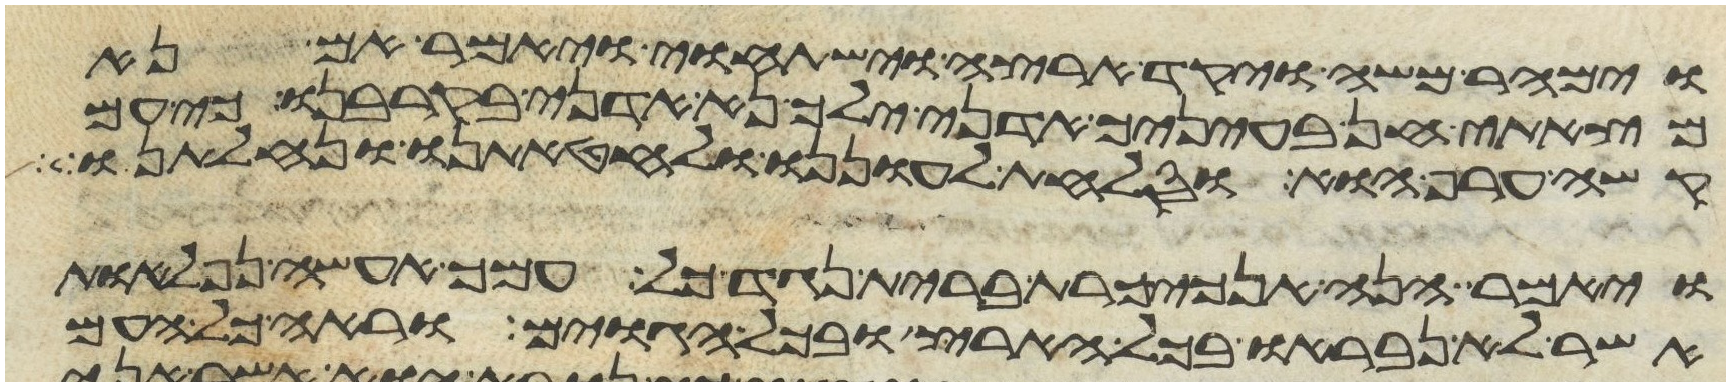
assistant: וימהר משה ויקד ארצה וישתחוי ויאמר אם נא
מצאתי חן בעיניך אדני ילך נא אדני בקרבנו כי עם
קשה ערף הוא וסלחת לעוננו ולחטאתינו ונחלתנו
ויאמר הנה אנכי כרת ברית נגד כל עמך אעשה נפלאות
אשר לא נבראו בכל הארץ ובכל הגוים וראה כל העם